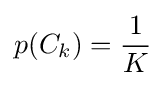
p(C_{k})={\frac {1}{K}}